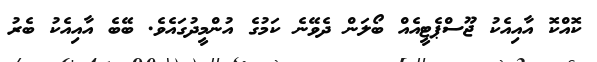
ކޮއްކޮ އާއިއެކު ޖޫސްޕެޓީއެއް ބޯލަން ދެވޭނެ ކަމުގެ އުންމީދުގައެވެ. ބޭބެ އާއިއެކު ބެރު